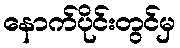
နောက်ပိုင်းတွင်မှ